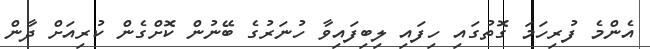
އެންމެ ފުރިހަމަ ގޮތުގައި ހިފައި ލިބިފައިވާ ހުނަރުގެ ބޭނުން ކޮށްގެން ކުރިއަށް ދާން